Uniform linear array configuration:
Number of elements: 48
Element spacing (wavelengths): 0.75
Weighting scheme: uniform
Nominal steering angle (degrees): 0
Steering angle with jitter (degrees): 0.0588
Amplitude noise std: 0.05
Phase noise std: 0.05

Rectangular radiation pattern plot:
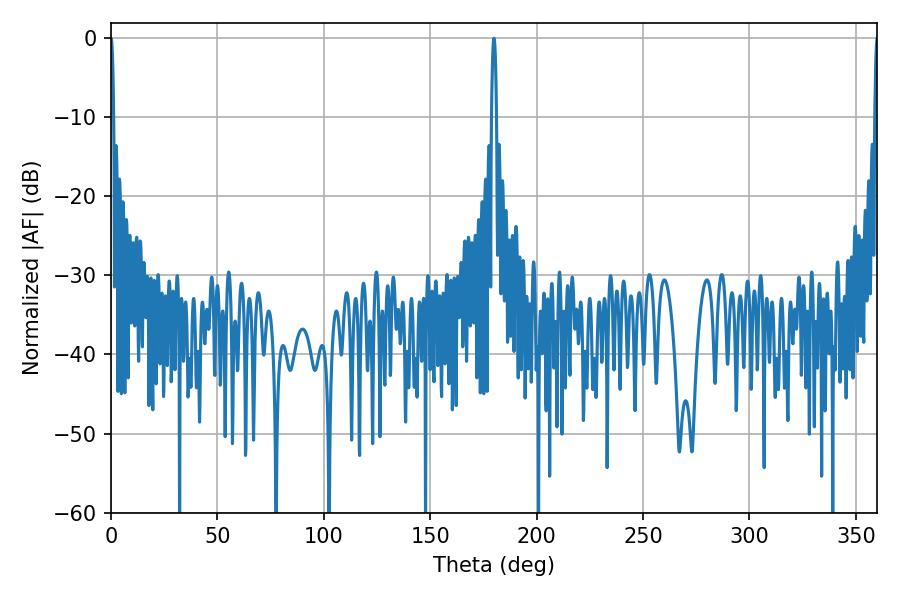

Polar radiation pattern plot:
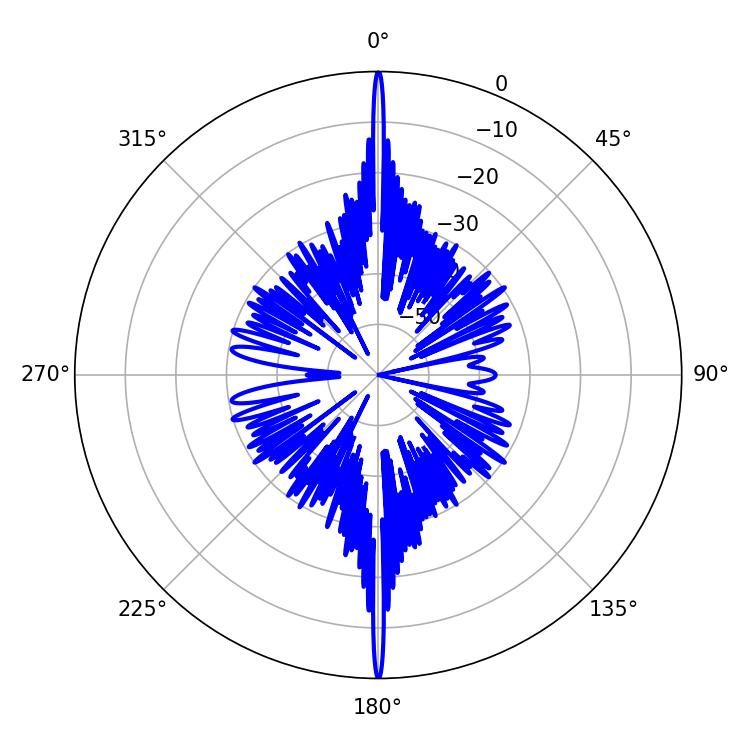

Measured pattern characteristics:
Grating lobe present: TRUE
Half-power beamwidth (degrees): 1.26
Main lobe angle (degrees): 180